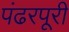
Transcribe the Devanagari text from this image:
पंढरपूरी